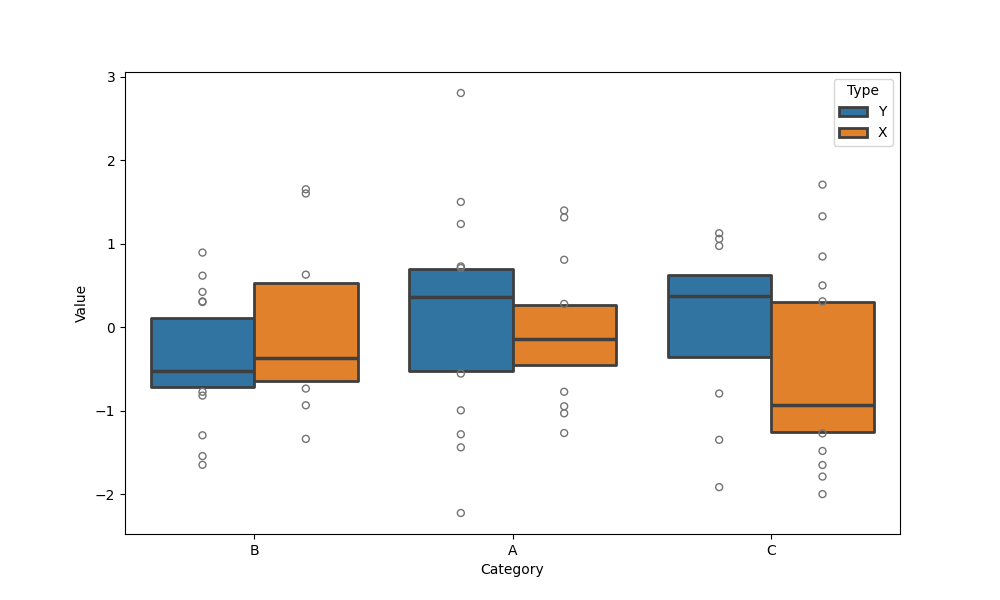
python, seaborn, boxenplot, k_depth='tukey', linewidth=2, scale='linear', outlier_prop=0.1, showfliers=True